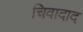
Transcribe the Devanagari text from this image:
चिवादाद